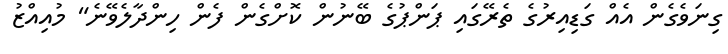
ގިނަވެގެން އެއް ގަޑިއިރުގެ ތެރޭގައި ޕަންޕުގެ ބޭނުން ކޮށްގެން ފެން ހިންދާލެވޭނެ" މުއިއްޒު